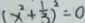
( x ^ { 2 } + \frac { 1 } { 3 } ) ^ { 2 } = 0